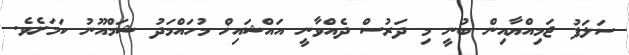
ސަލަފު ޖަމިއްޔާއިން ބުނީ މި ދަރުސް ދެއްވާނީ އައްޝައިޚް މުހައްމަދު ޝަމްއޫނު ކަމަށެވެ.